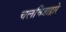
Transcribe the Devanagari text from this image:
चलचित्राद्वारे